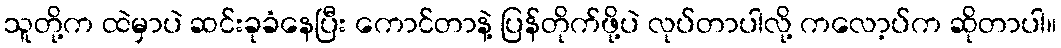
သူတို့က ထဲမှာပဲ ဆင်းခုခံနေပြီး ကောင်တာနဲ့ ပြန်တိုက်ဖို့ပဲ လုပ်တာပါလို့ ကလော့ပ်က ဆိုတာပါ။